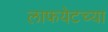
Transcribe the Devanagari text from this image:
लाफयेटच्या